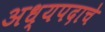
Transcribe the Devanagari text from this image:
अध्यपदाचे